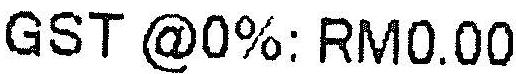
GST @0%: RM0.00